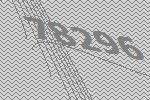
78296